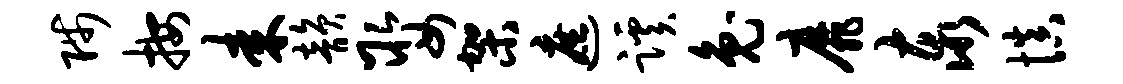
陟按耒韵娶架遮蹊兔靡泰慎